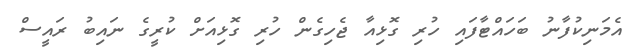
އެމަނިކުފާނު ބަހައްޓާފައި ހުރި ގޮޅިއާ ޖެހިގެން ހުރި ގޮޅިއަށް ކުރީގެ ނައިބު ރައީސް